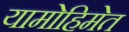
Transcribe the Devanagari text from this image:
यामोहिमेत